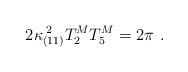
\begin{align*}2\kappa _{(11)}^{\; 2} T_2^M T_5^M = 2\pi \ .\end{align*}